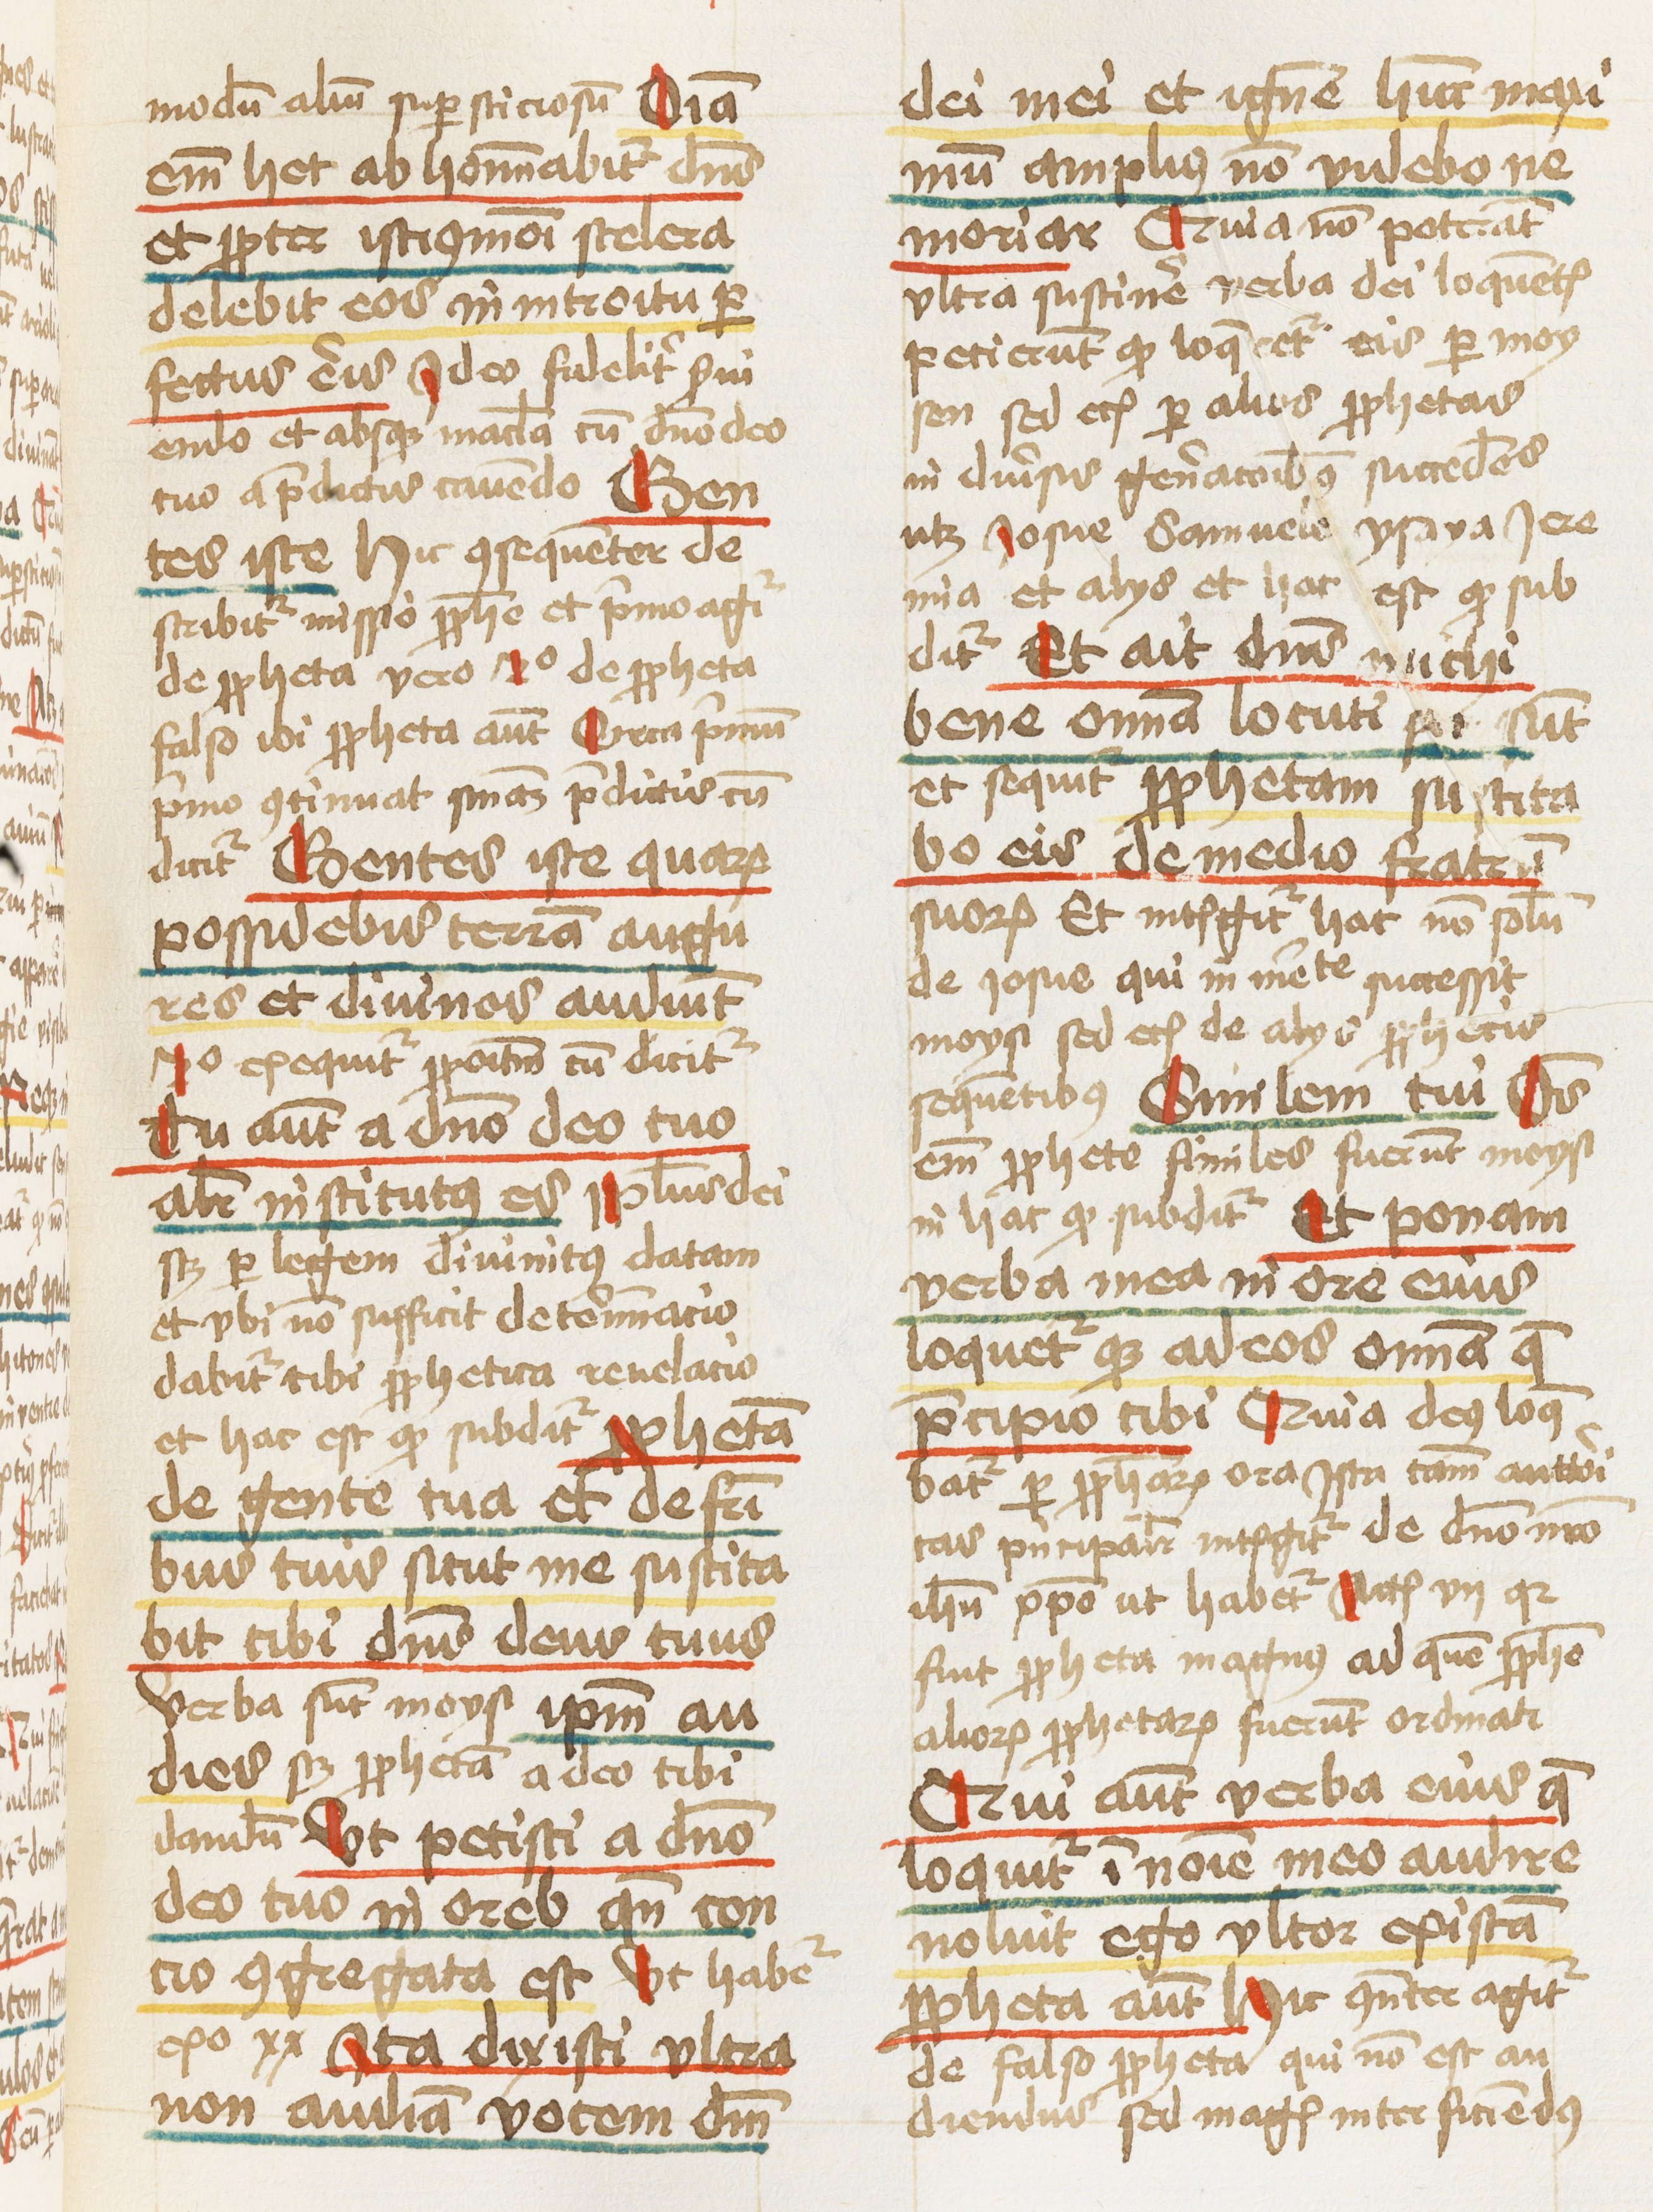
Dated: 1460–1461